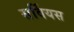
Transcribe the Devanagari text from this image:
सर्वियस